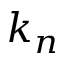
k _ { n }